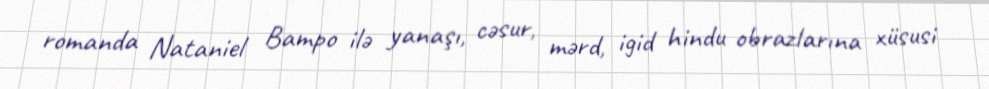
romanda Nataniel Bampo ilə yanaşı, cəsur, mərd, igid hindu obrazlarına xüsusi